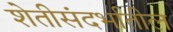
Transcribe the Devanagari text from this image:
शेतीसंदर्भातील